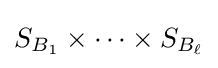
S_{B_{1}}\times \cdots \times S_{B_{\ell }}